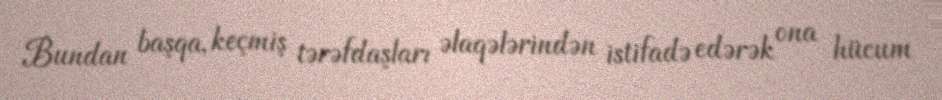
Bundan başqa, keçmiş tərəfdaşları əlaqələrindən istifadə edərək ona hücum